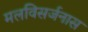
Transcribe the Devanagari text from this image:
मलविसर्जनास